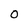
Character: 0